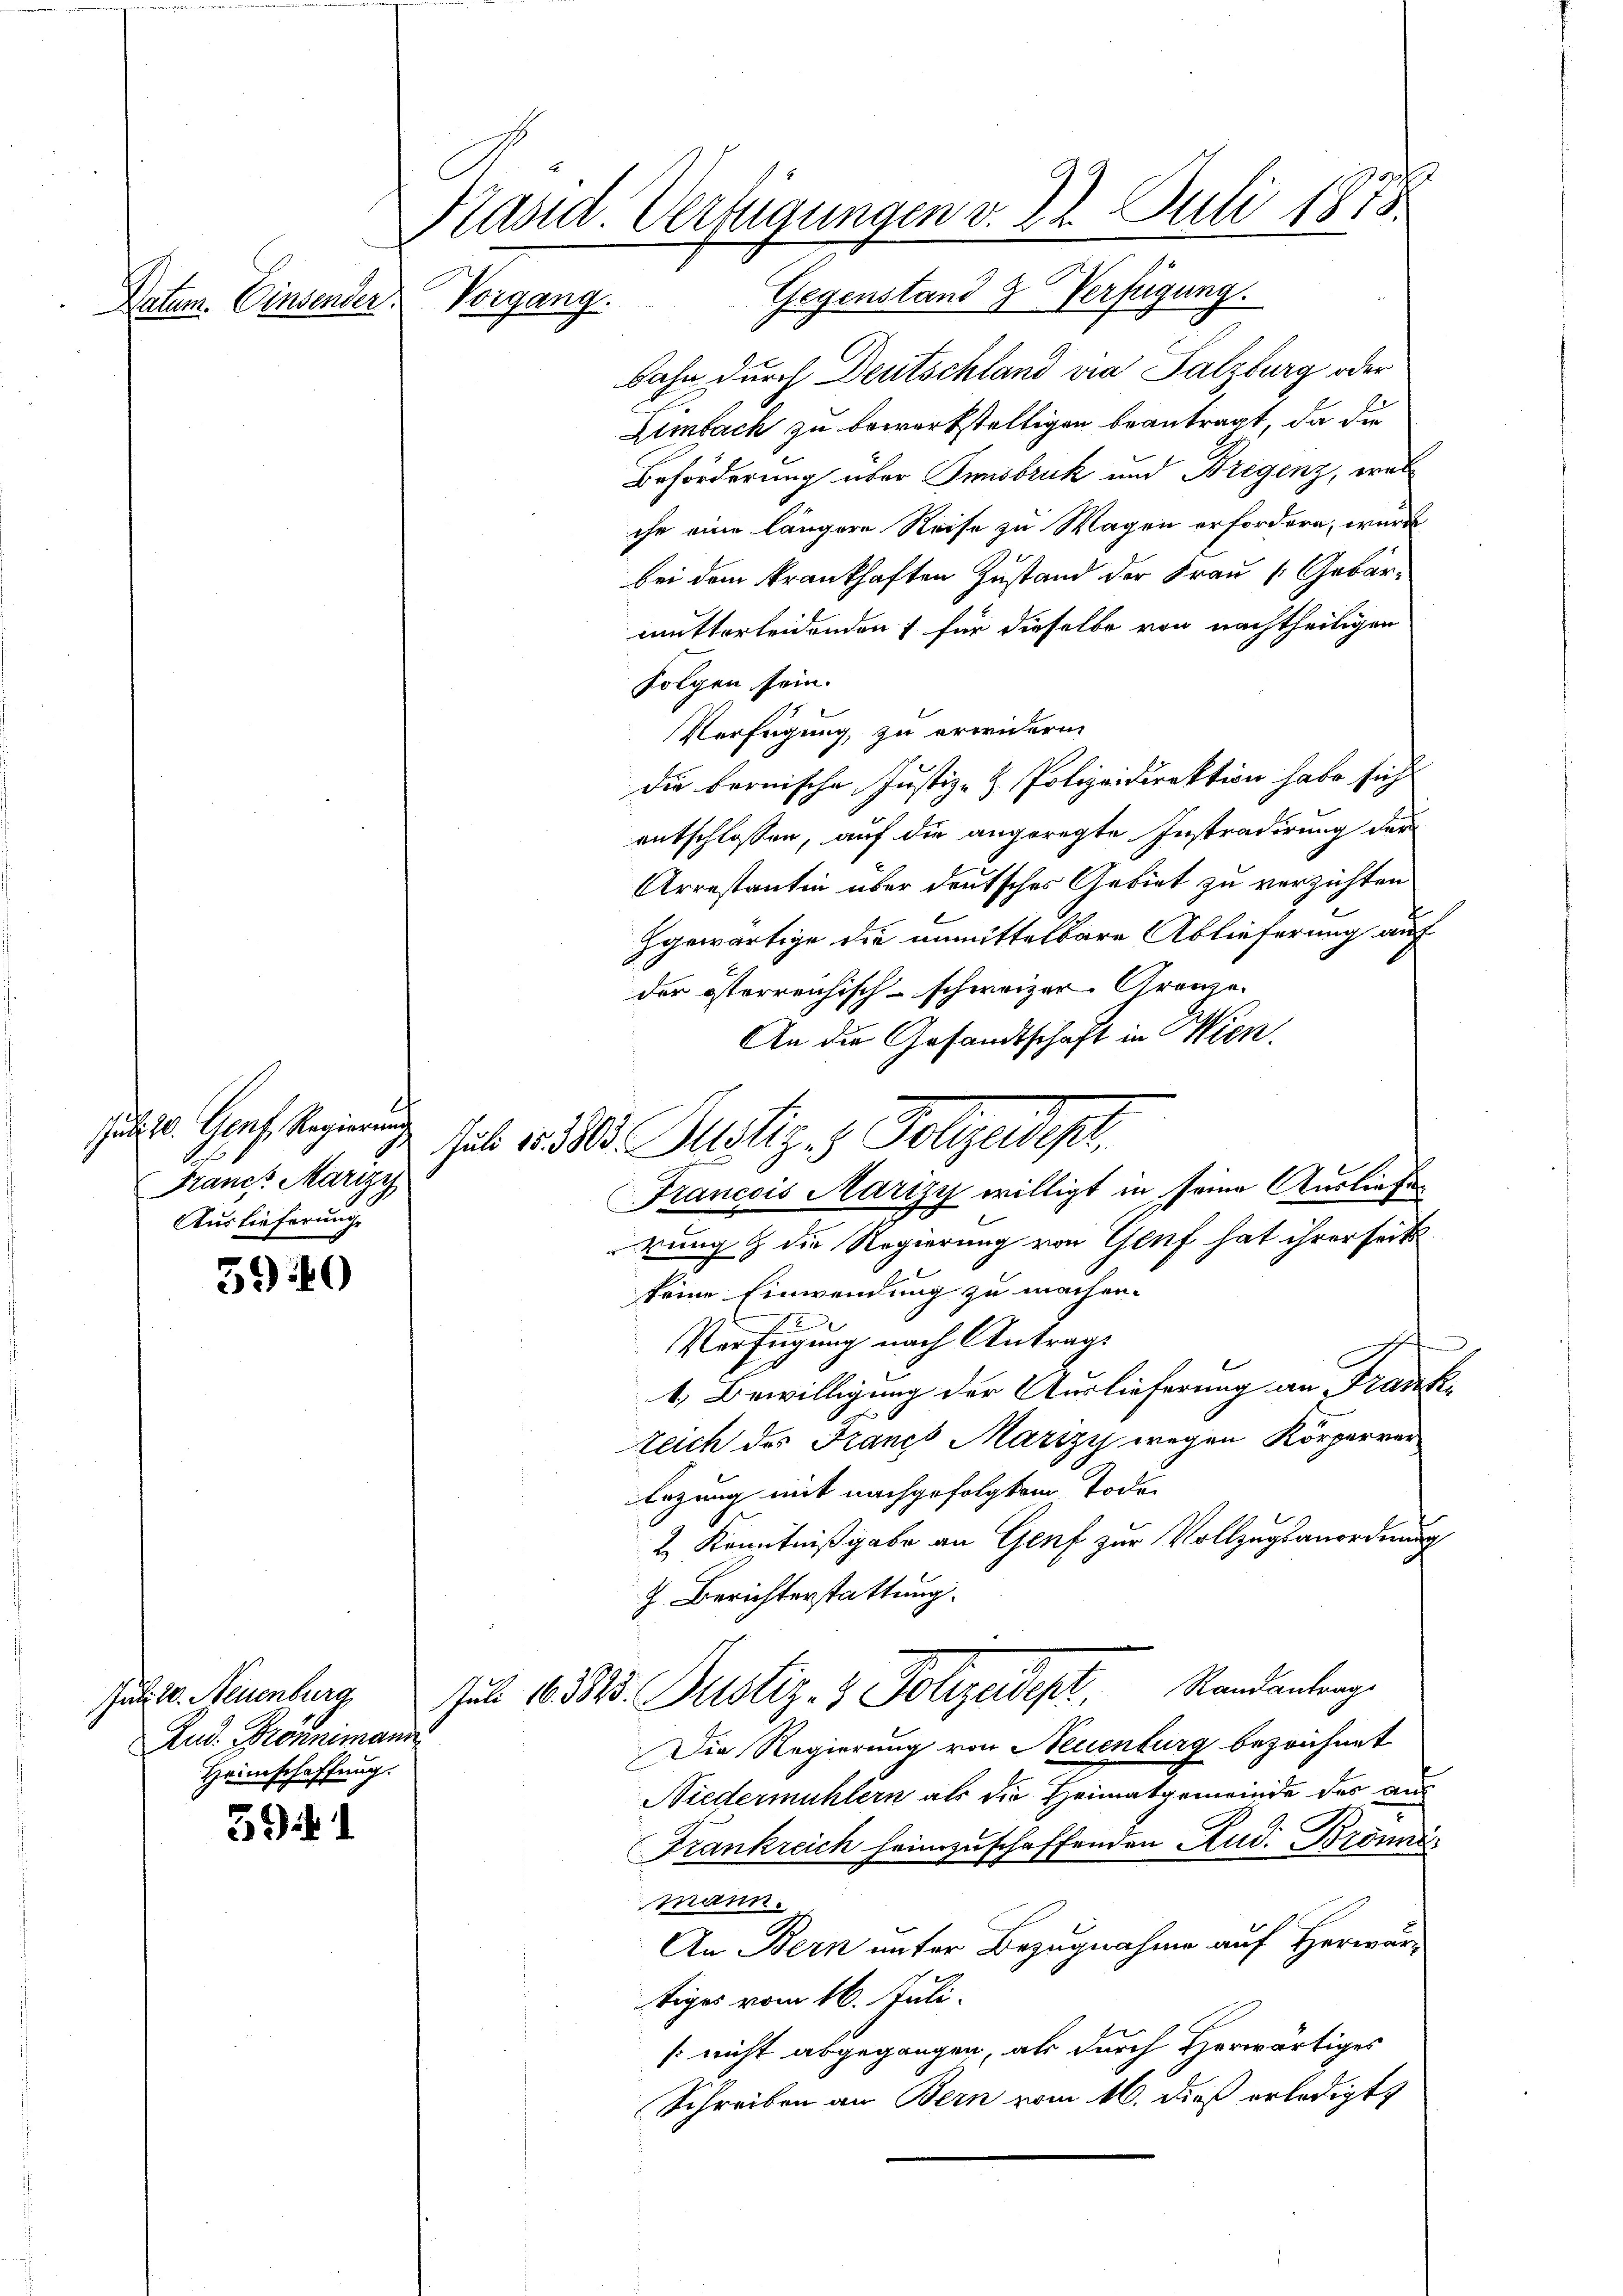
Natum. Einsender.

uli 20. Genf, Regierung
Franche Marizy
Auslieferung.

5940

Juli 20. Neuenburg
Zud. Fronnemann
Heimschaffung.

594. 1

Kasid. Verfügungen v. 22. Juli 1873.
Vorgang. Gegenstand & Verfügung.

halb er das Justiz & Polizeidest,
Francois Marizy willigt in seine Ausliefe.

bahn durch Deutschland via Salzburg oder
Zimbach zu bewerkstelligen beantragt, da die
Beförderung über Insbruk und Bregenz, wel
che eine längere Reise zu Wagen erfordern, wurde
bei dem krankhaften Zustand der Frau Gebärmutterleidenden für dieselbe von nachtheiligen
folgen sein.
Verfügung, zu erwidern.
die bernische Justiz- & Polizeidirektion habe sich
entschlossen, auf die angeregte Instradirung der
Arrestantin über deutsches Gebiet zu verzichten
Hgewärtige die unmittelbare Ablieferung auf
der österreichisch-schweizer. Gränze
An die Gesandtschaft in Wien.
rung & die Regierung von Genf hat ihrerseits
keine Einwendung zu machen.
2
Verfügung nach Antrags
.
1. Bewilligung der Auslieferung an Frank-
zeich des Francs Marizy wegen Körperver
Erzung mit nachgefolgtem Todes
2. Kenntnißgabe an Genf zur Vollzugsanordnung
J. Berichterstattung.
Jul. 13523. Justiz- & Polizeident. Standantrage
Die Regierung von Neuenburg bezeichnet
Niedermühlern als die Heimatgemeinde des aus
Frankreich heimzuschaffenden Rud. Bzönn
mmann.
An Bern unter Bezugnahme auf Herwärtiges vom 16. Juli.
[nicht abgegangen, als durch Herwärtiges
Schreiben an Bern vom 16. dieß erledigt